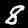
Label: 8